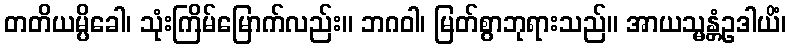
တတိယမ္ပိခေါ၊ သုံးကြိမ်မြောက်လည်း။ ဘဂဝါ၊ မြတ်စွာဘုရားသည်။ အာယသ္မန္တံဥဒါယိံ၊